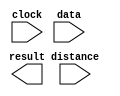
module lpm_clshift5 (
	clock,
	data,
	distance,
	result);

	input	  clock;
	input	[1:0]  data;
	input	  distance;
	output	[1:0]  result;

endmodule